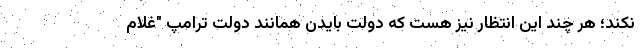
نکند؛ هر چند این انتظار نیز هست که دولت بایدن همانند دولت ترامپ "غلام